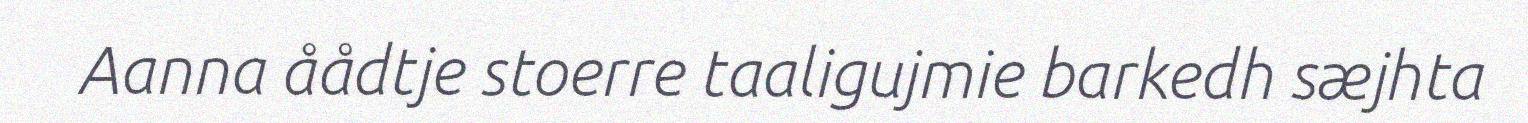
Aanna åådtje stoerre taaligujmie barkedh sæjhta